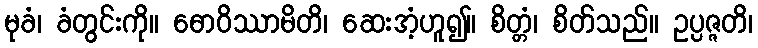
မုခံ၊ ခံတွင်းကို။ ဓောဝိဿာမိတိ၊ ဆေးအံ့ဟူ၍။ စိတ္တံ၊ စိတ်သည်။ ဥပ္ပဇ္ဇတိ၊